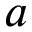
a